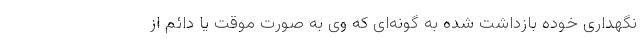
نگهداری خوده بازداشت شده به گونه‌ای که وی به صورت موقت یا دائم از